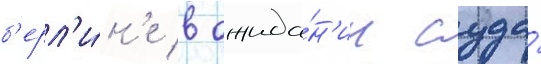
б'ерл'и́н'е в ожида́н'ии суда́